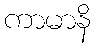
ကာမာနိ